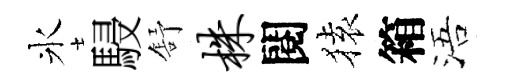
氷駸舒株閱𫞤箱浯